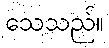
သေသည်။